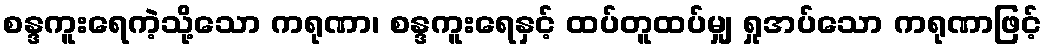
စန္ဒကူးရေကဲ့သို့သော ကရုဏာ၊ စန္ဒကူးရေနှင့် ထပ်တူထပ်မျှ ရှုအပ်သော ကရုဏာဖြင့်